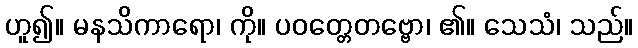
ဟူ၍။ မနသိကာရော၊ ကို။ ပဝတ္တေတဗ္ဗော၊ ၏။ သေသံ၊ သည်။